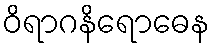
ဝိရာဂနိရောဓေန